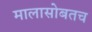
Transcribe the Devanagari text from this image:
मालासोबतच